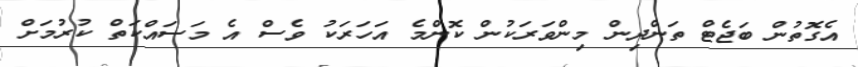
އެގޮތުން ބަޖެޓް ތަންދިން މިންވަރަކުން ކޮންމެ އަހަރަކު ވެސް އެ މަސައްކަތް ކުރުމަށް